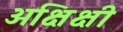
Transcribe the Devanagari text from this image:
अक्षिक्षी